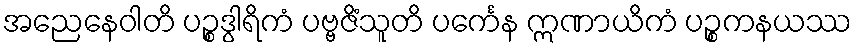
အညေနေဝါတိ ပဉ္စဒွါရိကံ ပဗ္ဗဇိံသူတိ ပင်္ကေန ဣဏာယိကံ ပဉ္စကနယဿ